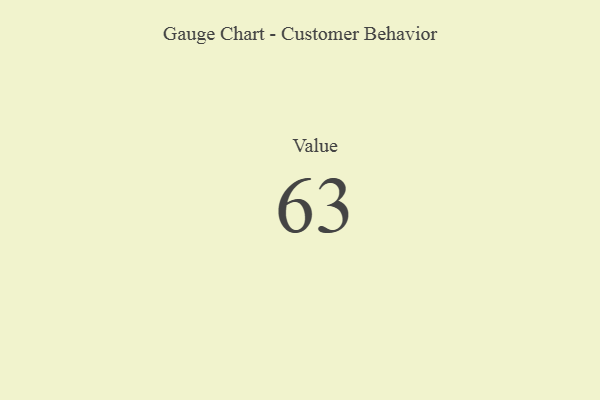
{"axis": {"x": "Metric", "y": "Value"}, "legend": [""], "data": [{"x": "Value", "y": 63, "type": ""}]}